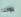
يوحنا